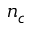
n _ { c }